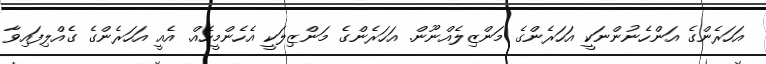
އަހަރެންގެ އަންހެނުންނަކީ އަހަރެންގެ މަންޒިލެއްނޫން. އަހަރެންގެ މަންޒިލަކީ އެހެންމީހެއް. އެއީ އަހަރެންގެ ގެއްލިފައިވާ